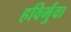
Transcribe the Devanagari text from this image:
हविर्भुवा